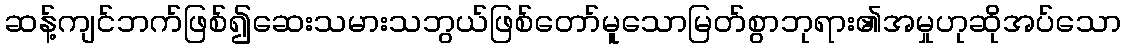
ဆန့်ကျင်ဘက်ဖြစ်၍ဆေးသမားသဘွယ်ဖြစ်တော်မူသောမြတ်စွာဘုရား၏အမှုဟုဆိုအပ်သော